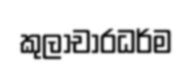
කුලාචාරධර්ම